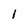
Character: 1